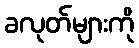
ခလုတ်များကို